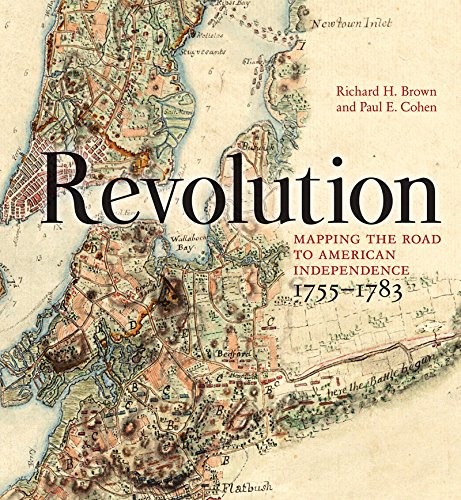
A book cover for Revolution: Mapping the Road to American Independence, 1755-1783; Richard H. Brown; Science & Math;